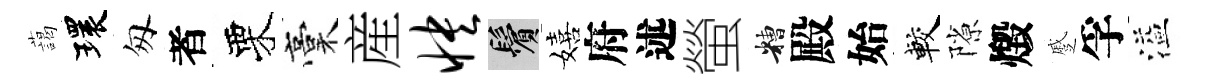
藹環匆者栗稾産怏鬢嬉府述螢糟殿始較隙燬蹙孚溢